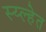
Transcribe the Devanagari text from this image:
स्य्ल्हेत